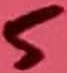
Text: 5